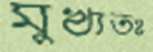
মুখ্যতঃ